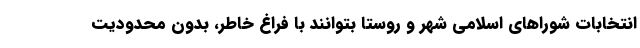
انتخابات شوراهای اسلامی شهر و روستا بتوانند با فراغ خاطر، بدون محدودیت